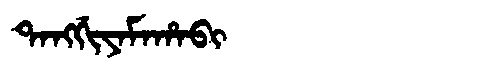
Manchu: ᡨᠠᠩᡤᡳᠶᠠᠮᠠᡥᠠᠪᡳ
Romanization: TANGGIYAMAHABI